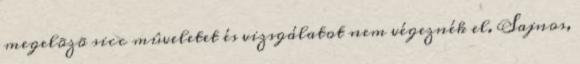
megelõzõ sicc mûveletet és vizsgálatot nem végeznék el. Sajnos,